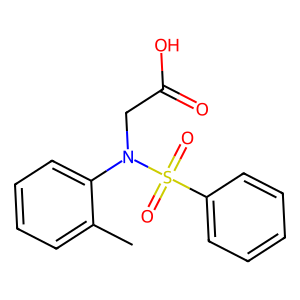
SMILES: Cc1ccccc1N(CC(=O)O)S(=O)(=O)c1ccccc1
Inhibits HIV replication: No